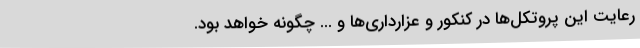
رعایت این پروتکل‌ها در کنکور و عزارداری‌ها و ... چگونه خواهد بود.